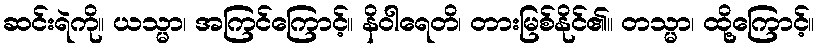
ဆင်းရဲကို။ ယသ္မာ၊ အကြင်ကြောင့်။ နိဝါရေတိ၊ တားမြစ်နိုင်၏။ တသ္မာ၊ ထို့ကြောင့်။